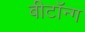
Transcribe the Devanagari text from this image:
बीटॉन्ग